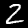
Label: 2